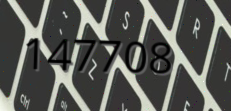
147708